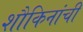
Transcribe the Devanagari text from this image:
शौकिनांची